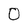
Character: 0